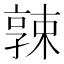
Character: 𡦚